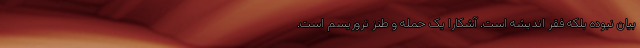
بیان نبوده بلکه فقر اندیشه است. آشکارا یک حمله و طنز تروریسم است.